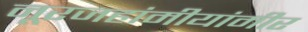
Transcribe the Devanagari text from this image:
नूरजहांमीयांमीर